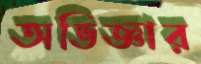
অভিজ্ঞার